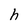
Character: h